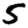
Digit: 5